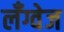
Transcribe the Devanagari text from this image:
लॅंग्वेज